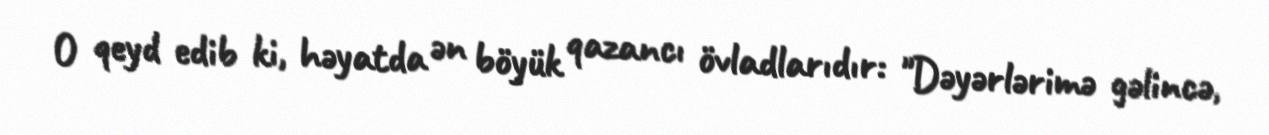
O qeyd edib ki, həyatda ən böyük qazancı övladlarıdır: "Dəyərlərimə gəlincə,